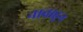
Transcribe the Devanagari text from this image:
नावाहुन